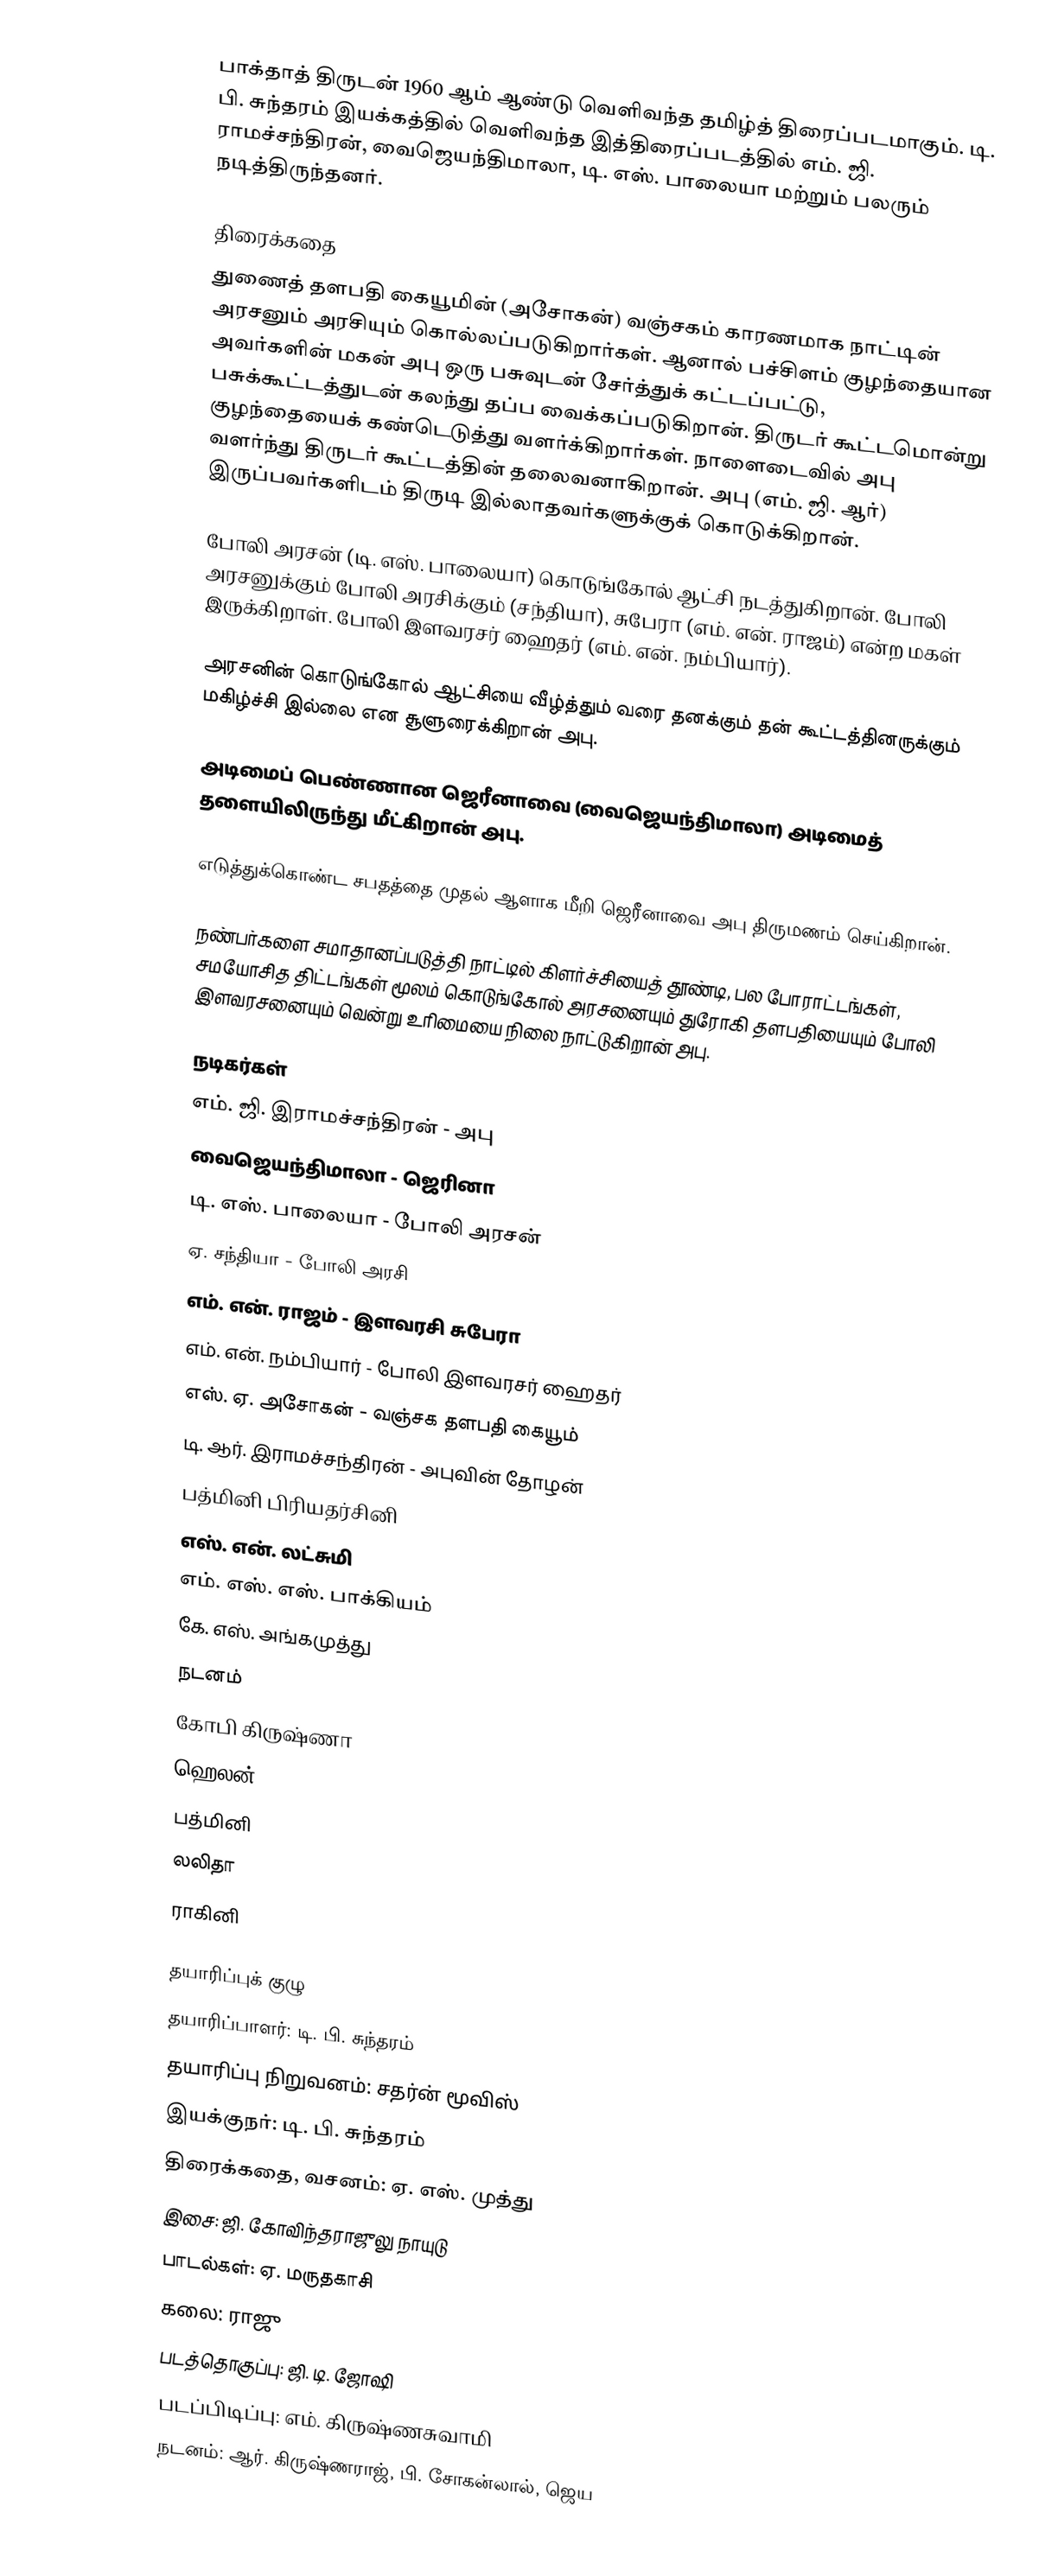
பாக்தாத் திருடன் 1960 ஆம் ஆண்டு வெளிவந்த தமிழ்த் திரைப்படமாகும். டி. பி. சுந்தரம் இயக்கத்தில் வெளிவந்த இத்திரைப்படத்தில் எம். ஜி. ராமச்சந்திரன், வைஜெயந்திமாலா, டி. எஸ். பாலையா மற்றும் பலரும் நடித்திருந்தனர்.

திரைக்கதை
துணைத் தளபதி கையூமின் (அசோகன்) வஞ்சகம் காரணமாக நாட்டின் அரசனும் அரசியும் கொல்லப்படுகிறார்கள். ஆனால் பச்சிளம் குழந்தையான அவர்களின் மகன் அபு ஒரு பசுவுடன் சேர்த்துக் கட்டப்பட்டு, பசுக்கூட்டத்துடன் கலந்து தப்ப வைக்கப்படுகிறான். திருடர் கூட்டமொன்று குழந்தையைக் கண்டெடுத்து வளர்க்கிறார்கள். நாளைடைவில் அபு வளர்ந்து திருடர் கூட்டத்தின் தலைவனாகிறான். அபு (எம். ஜி. ஆர்) இருப்பவர்களிடம் திருடி இல்லாதவர்களுக்குக் கொடுக்கிறான்.

போலி அரசன் (டி. எஸ். பாலையா) கொடுங்கோல் ஆட்சி நடத்துகிறான். போலி அரசனுக்கும் போலி அரசிக்கும் (சந்தியா), சுபேரா (எம். என். ராஜம்) என்ற மகள் இருக்கிறாள். போலி இளவரசர் ஹைதர் (எம். என். நம்பியார்).

அரசனின் கொடுங்கோல் ஆட்சியை வீழ்த்தும் வரை தனக்கும் தன் கூட்டத்தினருக்கும் மகிழ்ச்சி இல்லை என சூளுரைக்கிறான் அபு.

அடிமைப் பெண்ணான ஜெரீனாவை (வைஜெயந்திமாலா) அடிமைத் தளையிலிருந்து மீட்கிறான் அபு.

எடுத்துக்கொண்ட சபதத்தை முதல் ஆளாக மீறி ஜெரீனாவை அபு திருமணம் செய்கிறான்.

நண்பர்களை சமாதானப்படுத்தி நாட்டில் கிளர்ச்சியைத் தூண்டி, பல போராட்டங்கள், சமயோசித திட்டங்கள் மூலம் கொடுங்கோல் அரசனையும் துரோகி தளபதியையும் போலி இளவரசனையும் வென்று உரிமையை நிலை நாட்டுகிறான் அபு.

நடிகர்கள்
எம். ஜி. இராமச்சந்திரன் - அபு
வைஜெயந்திமாலா - ஜெரினா
டி. எஸ். பாலையா - போலி அரசன்
ஏ. சந்தியா - போலி அரசி
எம். என். ராஜம் - இளவரசி சுபேரா
எம். என். நம்பியார் - போலி இளவரசர் ஹைதர்
எஸ். ஏ. அசோகன் - வஞ்சக தளபதி கையூம்
டி. ஆர். இராமச்சந்திரன் - அபுவின் தோழன்
பத்மினி பிரியதர்சினி
எஸ். என். லட்சுமி
எம். எஸ். எஸ். பாக்கியம்
கே. எஸ். அங்கமுத்து
நடனம்
கோபி கிருஷ்ணா
ஹெலன்
பத்மினி
லலிதா
ராகினி

தயாரிப்புக் குழு
தயாரிப்பாளர்: டி. பி. சுந்தரம்
தயாரிப்பு நிறுவனம்: சதர்ன் மூவிஸ்
இயக்குநர்: டி. பி. சுந்தரம்
திரைக்கதை, வசனம்: ஏ. எஸ். முத்து
இசை: ஜி. கோவிந்தராஜுலு நாயுடு
பாடல்கள்: ஏ. மருதகாசி
கலை: ராஜு
படத்தொகுப்பு: ஜி. டி. ஜோஷி
படப்பிடிப்பு: எம். கிருஷ்ணசுவாமி
நடனம்: ஆர். கிருஷ்ணராஜ், பி. சோகன்லால், ஜெய